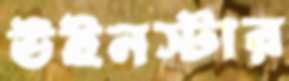
উইনস্টার